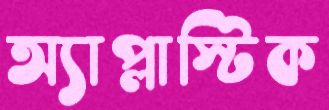
অ্যাপ্লাস্টিক